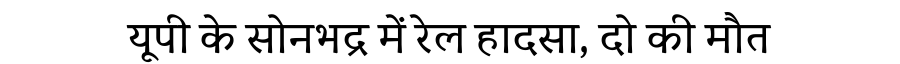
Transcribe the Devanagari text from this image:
यूपी के सोनभद्र में रेल हादसा, दो की मौत